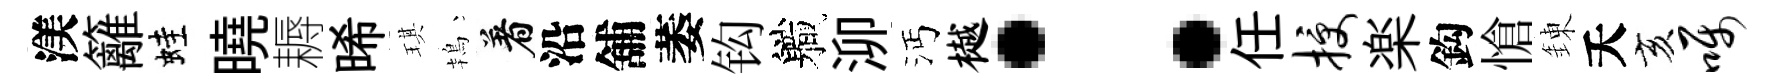
渼籬蛙曉耨晞琪鴇着沿舖萎钩軄泖沔樾：任授楽鈎愴錬夭亥嘱